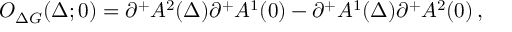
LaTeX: O _ { \Delta G } ( \Delta ; 0 ) = \partial ^ { + } A ^ { 2 } ( \Delta ) \partial ^ { + } A ^ { 1 } ( 0 ) - \partial ^ { + } A ^ { 1 } ( \Delta ) \partial ^ { + } A ^ { 2 } ( 0 ) \, ,